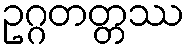
ဥဂ္ဂတတ္တဿ